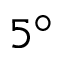
5 ^ { \circ }